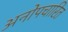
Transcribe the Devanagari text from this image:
अनोपचारित